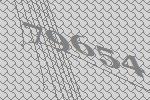
79654